Indian journal of veterinary science and animal husbandry - Volumes 24-25, 1954-1955
Year: 1954
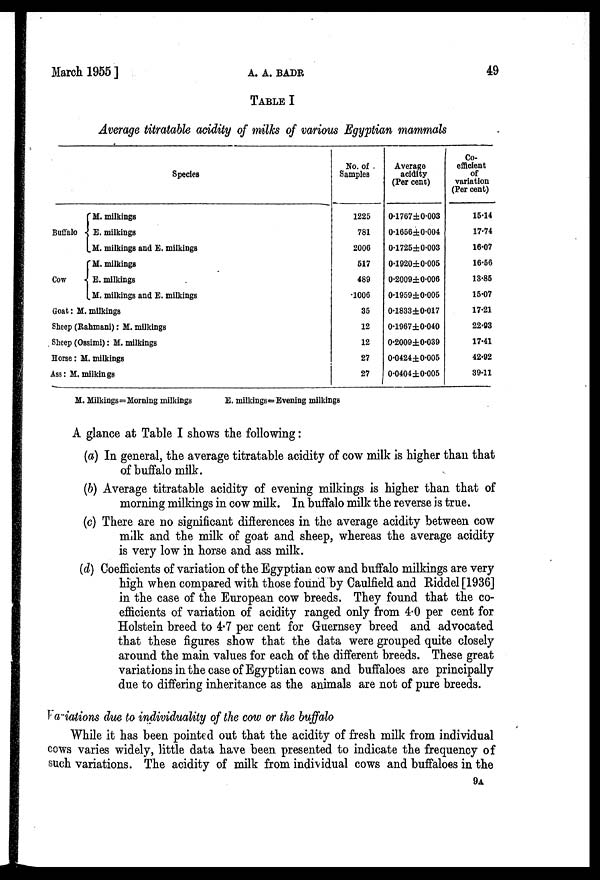
March 1955]
A.
A.
BADR
49
TABLE I
Average titratable acidity of milks of various Egyptian mammals
Species
Buffalo
Cow
M. milkings
E. milkings
M. milkings and E. milkings
M. milkings
E. milkings
M. milkings and E. milkings
Goat: M. milkings
Sheep (Rahmani): M. milkings
Sheep (Ossimi): M. milkings
Horse: M. milkings
Ass: M. milkings
No. of
Samples
1225
781
2006
517
489
1006
35
12
12
27
27
Average
acidity
(Per cent)
0.1767±0.003
0.1656± 0.004
0.1725±0.003
0.1920±0.005
0.2009±0.006
0.1959±0.005
0.1833±0.017
0.1967±0.040
0.2009±0.039
0.0424±0.005
0.0404±0.005
Co-
efficient
of
variation
(Per cent)
15.14
17.74
16.07
16.56
13.85
15.07
17.21
22.93
17.41
42.92
39.11
M. Milkings=Morning milkings
E. milkings = Evening milkings
A glance at Table I shows the following:
(a) In general, the average titratable acidity of cow milk is higher than that
of buffalo milk.
(b) Average titratable acidity of evening milkings is higher than that of
morning milkings in cow milk. In buffalo milk the reverse is true.
(c) There are no significant differences in the average acidity between cow
milk and the milk of goat and sheep, whereas the average acidity
is very low in horse and ass milk.
(d) Coefficients of variation of the Egyptian cow and buffalo milkings are very
high when compared with those found by Caulfield and Riddel [1936]
in the case of the European cow breeds. They found that the co-
efficients of variation of acidity ranged only from 4.0 per cent for
Holstein breed to 4.7 per cent for Guernsey breed and advocated
that these figures show that the data were grouped quite closely
around the main values for each of the different breeds. These great
variations in the case of Egyptian cows and buffaloes are principally
due to differing inheritance as the animals are not of pure breeds.
Variations due to individuality of the cow or the buffalo
While it has been pointed out that the acidity of fresh milk from individual
cows varies widely, little data have been presented to indicate the frequency of
such variations. The acidity of milk from individual cows and buffaloes in the
9A